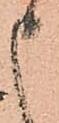
申